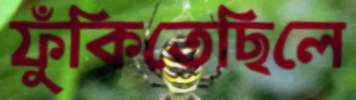
ফুঁকিতেছিলে